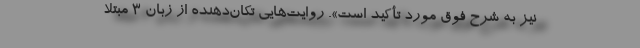
نیز به شرح فوق مورد تأکید است». روایت‌هایی تکان‌دهنده از زبان 3 مبتلا